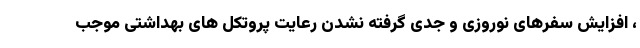
، افزایش سفرهای نوروزی و جدی گرفته نشدن رعایت پروتکل های بهداشتی موجب